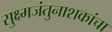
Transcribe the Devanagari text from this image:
सुक्ष्मजंतुनाशकांचा